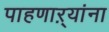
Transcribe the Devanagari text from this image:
पाहणाऱ्यांना